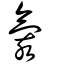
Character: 氦